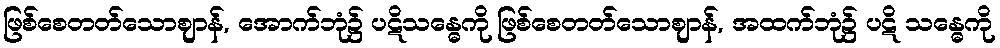
ဖြစ်စေတတ်သောဈာန်, အောက်ဘုံ၌ ပဋိသန္ဓေကို ဖြစ်စေတတ်သောဈာန်, အထက်ဘုံ၌ ပဋိ သန္ဓေကို